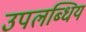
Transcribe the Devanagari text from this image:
उपलब्धिय